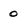
Character: 0